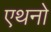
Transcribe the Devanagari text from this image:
एथनो